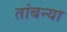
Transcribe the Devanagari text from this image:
तांबन्या